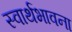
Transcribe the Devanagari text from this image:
स्वार्थभावना